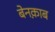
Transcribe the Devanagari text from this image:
बेनक़ाब